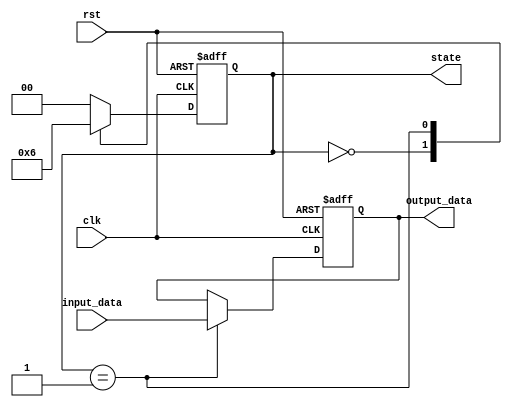
module clock_cycle_initialization (
    input wire clk,          // Clock signal
    input wire rst,          // Reset signal
    input wire [3:0] input_data, // Example input data
    output reg [3:0] output_data, // Example output data
    output reg [1:0] state   // Example state variable
);

    // State encoding
    localparam STATE_IDLE = 2'b00;
    localparam STATE_PROCESS = 2'b01;
    localparam STATE_DONE = 2'b10;

    // Internal registers
    reg [3:0] internal_counter; // Example internal counter

    // Sequential logic: Clock Cycle Operation
    always @(posedge clk or posedge rst) begin
        if (rst) begin
            // Initialization Logic: Reset all internal states
            internal_counter <= 4'b0000; // Initialize counter to zero
            state <= STATE_IDLE;         // Set state to IDLE
            output_data <= 4'b0000;      // Initialize output data
        end else begin
            // Update internal state variables based on the previous state
            case (state)
                STATE_IDLE: begin
                    // Transition to PROCESS state
                    internal_counter <= internal_counter + 1; // Increment counter
                    state <= STATE_PROCESS; // Move to PROCESS state
                end

                STATE_PROCESS: begin
                    // Perform some operation (for example, pass input data to output)
                    output_data <= input_data; // Example operation
                    // Transition to DONE state
                    state <= STATE_DONE; 
                end

                STATE_DONE: begin
                    // Optionally, you can perform more operations or return to IDLE
                    // For this example, we return to IDLE after processing
                    state <= STATE_IDLE; 
                end

                default: begin
                    // Default case to handle unexpected states
                    state <= STATE_IDLE;
                end
            endcase
        end
    end

endmodule